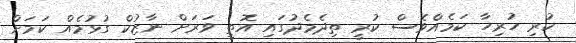
ކުރި ހުރިހާ ކަމެއްވެސް ކުރީ ތިދެމެދުގައި އޮތީ ވަރަށް ނާޒުކް ގުޅުމެއް ކަމަށް